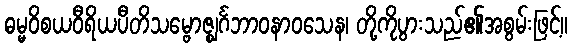
ဓမ္မဝိစယဝီရိယပီတိသမ္ဗောဇ္ဈင်္ဂဘာဝနာဝသေန၊ တို့ကိုပွားသည်၏အစွမ်းဖြင့်။